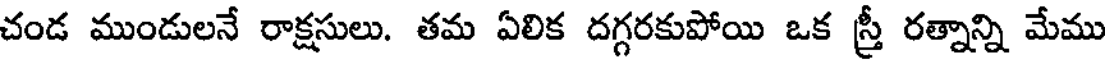
చండ ముండులనే రాక్షసులు. తమ ఏలిక దగ్గరకుపోయి ఒక స్త్రీ రత్నాన్ని మేము